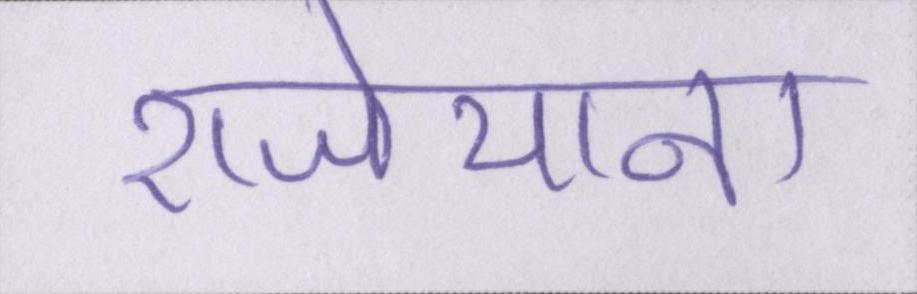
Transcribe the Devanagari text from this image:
राजेयाना